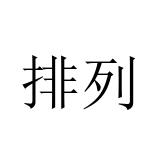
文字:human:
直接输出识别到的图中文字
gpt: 排列